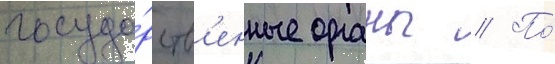
госуда́рств'енные органы // По́